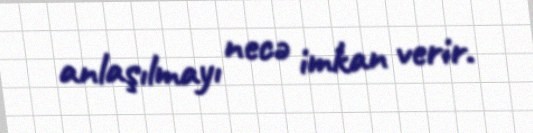
anlaşılmayı necə imkan verir.